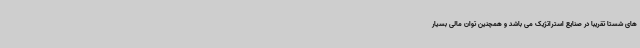
های شستا تقریبا در صنایع استراتژیک می باشد و همچنین توان مالی بسیار